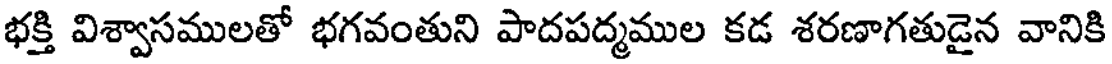
భక్తి విశ్వాసములతో భగవంతుని పాదపద్మముల కడ శరణాగతుడైన వానికి